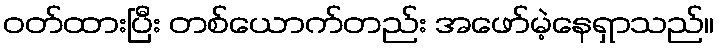
ဝတ်ထားပြီး တစ်ယောက်တည်း အဖော်မဲ့နေရှာသည်။